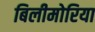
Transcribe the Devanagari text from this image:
बिलीमोरिया